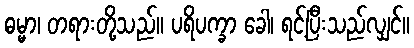
ဓမ္မာ၊ တရားတို့သည်။ ပရိပက္ခာ ခေါ၊ ရင့်ပြီးသည်လျှင်။